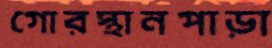
গোরস্থানপাড়া